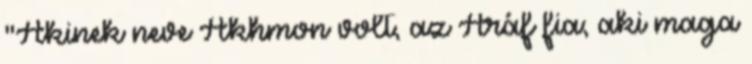
"Akinek neve Akhmon volt, az Aráf fia; aki maga